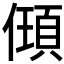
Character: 𬿰